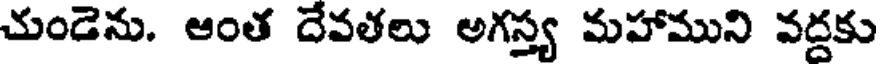
చుండెను. ఆంత దేవతలు అగస్త్య మహాముని వద్దకు